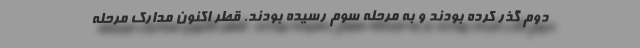
دوم گذر کرده بودند و به مرحله سوم رسیده بودند. قطر اکنون مدارک مرحله